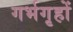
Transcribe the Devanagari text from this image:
गर्भगृहों